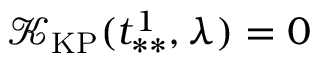
\mathcal { K } _ { \mathrm { K P } } ( t _ { * * } ^ { 1 } , \lambda ) = 0